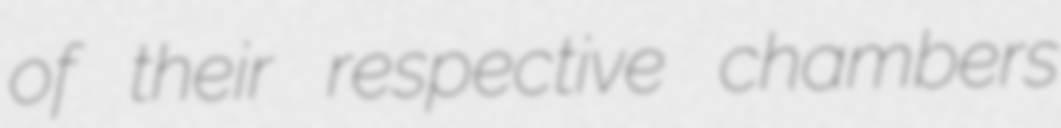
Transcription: of their respective chambers